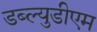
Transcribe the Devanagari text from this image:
डब्ल्युडीएम